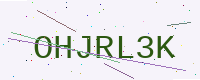
Text: OHJRL3K